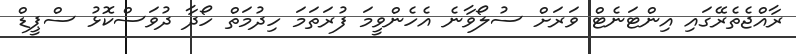
ރާއްޖެތެރޭގައި އިންޓަނެޓް ވަރަށް ސުލޯވާނެ އެހެންވީމަ ފުރަތަމަ ހިދުމަތް ހޯދާ ދުވަސްކޮޅު ސްޕީޑް